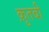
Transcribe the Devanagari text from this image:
क़ुतबी